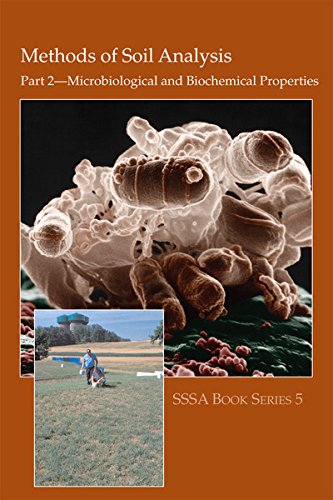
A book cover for Methods of Soil Analysis. Part 2. Microbiological and Biochemical Properties (Soil Science Society of America Book, No 5) (Soil Science Society of America Book Series); R. W. Weaver; Crafts, Hobbies & Home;